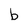
Character: b